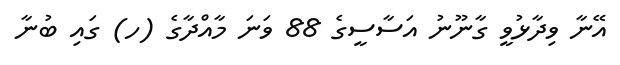
އޭނާ ވިދާޅުވީ ގާނޫނު އަސާސީގެ 88 ވަނަ މާއްދާގެ (ހ) ގައި ބުނާ